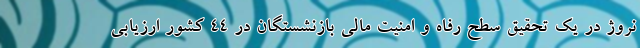
نروژ در یک تحقیق سطح رفاه و امنیت مالی بازنشستگان در 44 کشور ارزیابی